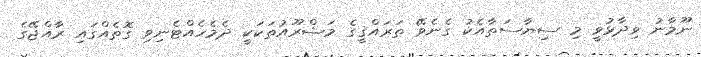
ނޫމާނު ވިދާޅުވީ މި ސިޔާސަތާއެކު ގެނެވޭ ތަރައްޤީގެ މަޝްރޫއުތަކަކީ ދެމެހެއްޓެނިވި ގޮތެއްގައި ރާއްޖޭގެ